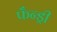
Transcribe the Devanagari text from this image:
फँन्ड्री